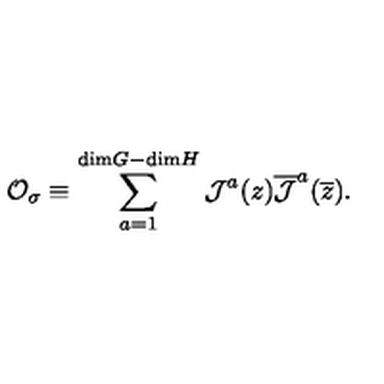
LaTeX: { \cal O } _ { \sigma } \equiv \sum _ { a = 1 } ^ { \mathrm { d i m } G - \mathrm { d i m } H } { \cal J } ^ { a } ( z ) \overline { { \cal J } } ^ { a } ( \overline { z } ) .